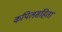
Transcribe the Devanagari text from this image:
कपिलसंहिता